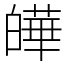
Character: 皣